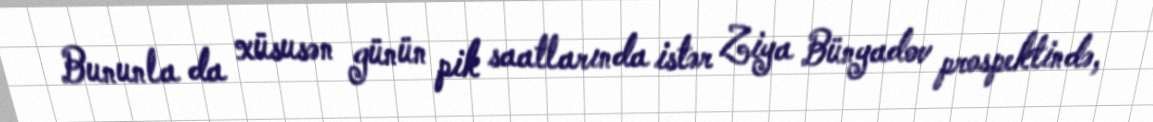
Bununla da xüsusən günün pik saatlarında istər Ziya Bünyadov prospektində,